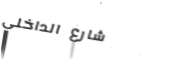
شارع الداخلي